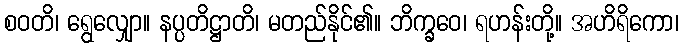
စဝတိ၊ ရွေလျှော။ နပ္ပတိဋ္ဌာတိ၊ မတည်နိုင်၏။ ဘိက္ခဝေ၊ ရဟန်းတို့။ အဟိရိကော၊